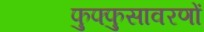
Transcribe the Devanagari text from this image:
फुफ्फुसावरणों